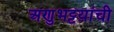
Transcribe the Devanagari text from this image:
अणुभट्टय़ांची